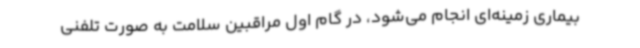
بیماری زمینه‌ای انجام می‌شود، در گام اول مراقبین سلامت به صورت تلفنی